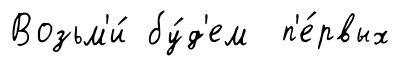
Возьм'и́ бу́д'ем п'е́рвых